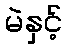
မဲနှင့်